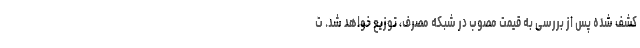
کشف شده پس از بررسی‌ به قیمت مصوب در شبکه مصرف، توزیع خواهد شد. ت